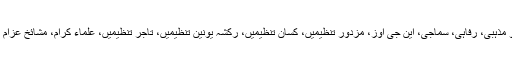
اس کے لیے مختلف سیاسی و مذہبی، رفاہی، سماجی، این جی اوز، مزدور تنظیمیں، کسان تنظیمیں، رکشہ یونین تنظیمیں، تاجر تنظیمیں، علماء کرام، مشائخ عزام ہم سے رابطے کر رہے ہیں۔